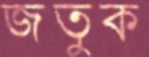
জতুক